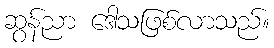
ဆွန်ညာ ဒေါသဖြစ်လာသည်။